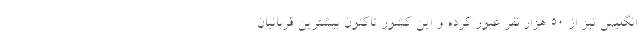
انگلیس نیز از ۵۰ هزار نفر عبور کرده و این کشور تاکنون بیشترین قربانیان